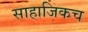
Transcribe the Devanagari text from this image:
साहाजिकच